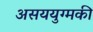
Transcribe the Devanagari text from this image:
असययुग्मकी